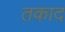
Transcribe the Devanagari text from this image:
तकाद